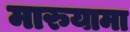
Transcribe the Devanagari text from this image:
मारुयामा